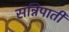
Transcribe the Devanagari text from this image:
सन्निपाती